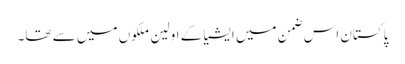
پاکستان اس ضمن میں ایشیا کے اولین ملکوں میں سے تھا۔